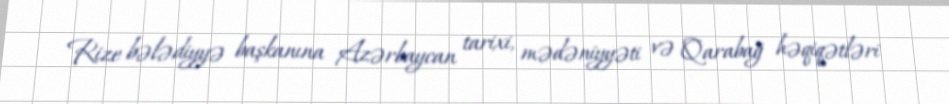
Rize bələdiyyə başkanına Azərbaycan tarixi, mədəniyyəti və Qarabağ həqiqətləri